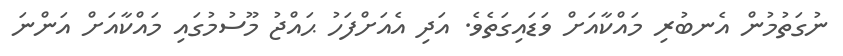
ނުގަތުމުން އެނބުރި މައްކާއަށް ވަޑައިގަތެވެ. އަދި އެއަށްފަހު ޙައްޖު މޫސުމުގައި މައްކާއަށް އަންނަ